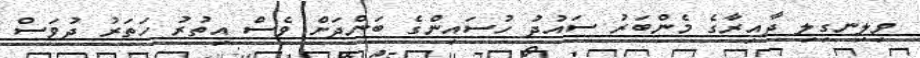
ވިލިނގިލި ދާއިރާގެ މެންބަރު ސައުދު ހުސައިންގެ ބަންދަށް ވެސް އިތުރު ހަތަރު ދުވަސް